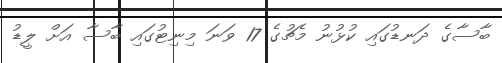
ބާސާގެ ދަނޑުގައި ކުޅުނު މެޗުގެ 17 ވަނަ މިނިޓުގައި ބާސާ އަށް ލީޑު